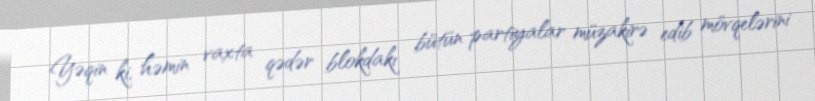
Yəqin ki, həmin vaxta qədər blokdakı bütün partiyalar müzakirə edib mövqelərini